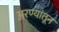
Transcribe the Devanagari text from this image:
अरण्यांतून